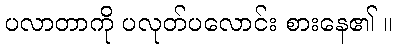
ပလာတာကို ပလုတ်ပလောင်း စားနေ၏ ။